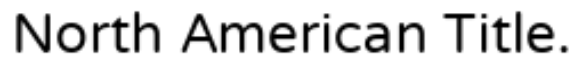
North American Title.